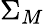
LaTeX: \Sigma_{M}